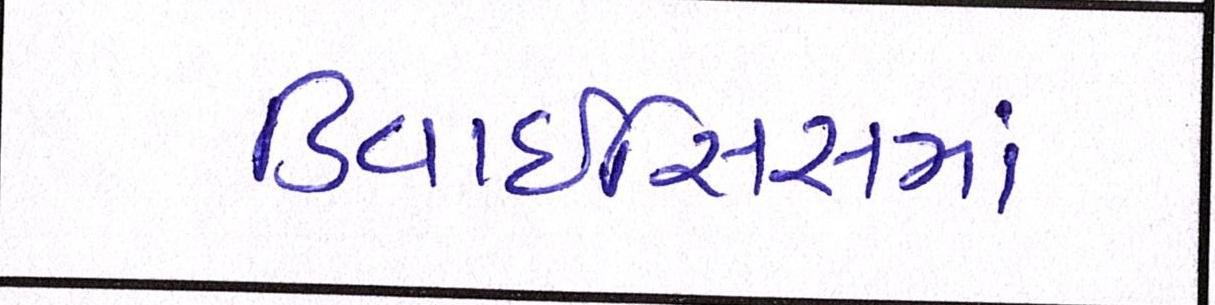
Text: ડિવાઇસિસમાં